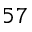
^ { 5 7 }